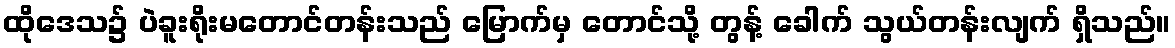
ထိုဒေသ၌ ပဲခူးရိုးမတောင်တန်းသည် မြောက်မှ တောင်သို့ တွန့် ခေါက် သွယ်တန်းလျက် ရှိသည်။